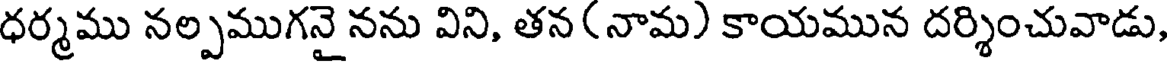
ధర్మము నల్పముగనై నను విని, తన (నామ) కాయమున దర్శించువాడు,